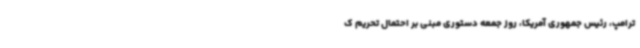
ترامپ، رئیس جمهوری آمریکا، روز جمعه دستوری مبنی بر احتمال تحریم ک